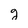
Character: g